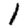
Digit: 1